Vaccination in Bombay 1924-1928 - 1924-1928
Year: 1924
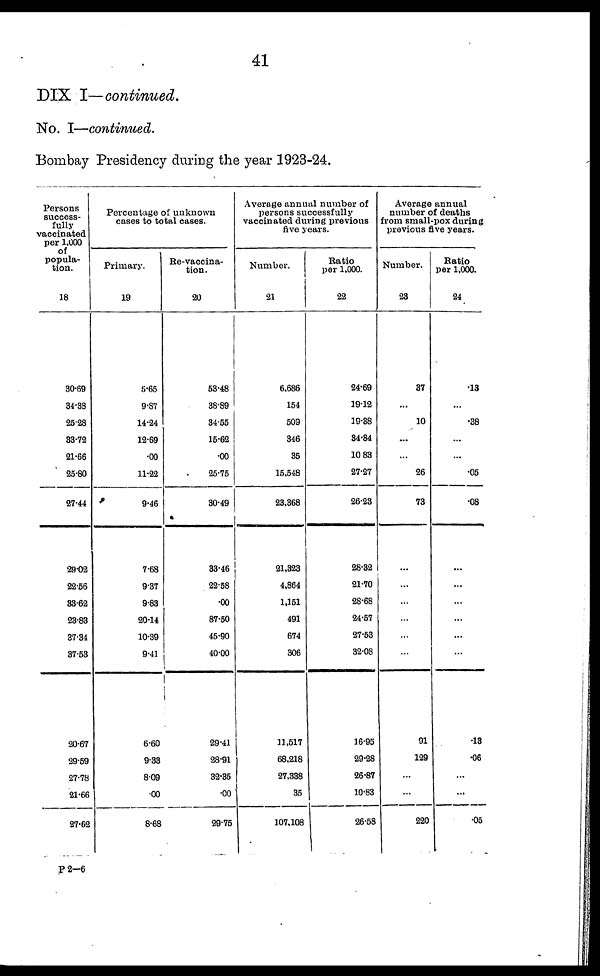
41
DIX I—continued.
No. I—continued.
Bombay Presidency during the year 1923-24.
Persons
success-
fully
vaccinated
per 1,000
of
popula-
tion.
18
30.69
34.33
26.28
33.72
21.66
25.80
27.44
29.02
22.66
33.62
23.83
37.34
37.63
20.67
29.69
27.78
21.66
27.62
Percentage of unknown
cases to total cases.
Primary.
19
5.65
9.87
14.24
12.69
.00
11.22
9.46
7.68
937
9.83
20.14
10.39
9.41
6.60
9.33
8.09
00
8.68
Re-vaccina-
tion.
20
53.48
38.89
34.55
15.62
.00
25.75
30.49
33.46
22.58
.00
87.50
45.90
40.00
29.41
28.91
32.35
.00
29.75
Average annual number of
persons successfully
vaccinated during previous
five years.
Number.
21
6.686
154
509
346
35
15,548
23,368
21,323
4,864
1,151
491
674
306
11,517
68,218
27,338
35
107,108
Ratio
per 1,000.
22
24.69
19.12
19.38
34.84
10.83
27.27
26.23
28.32
21.70
28.68
24.57
27.53
32.08
16.95
29.28
26.87
10.83
26.58
Average annual
number of deaths
from small-pox during
previous five years.
Number.
23
37
...
10
...
...
26
73
...
...
...
...
...
...
91
129
...
...
220
Ratio
per 1,000.
24
.13
...
.38
...
...
.05
.08
...
...
...
...
...
...
.13
.06
...
.05
P 2—6